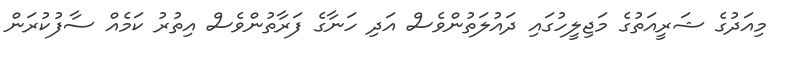
މިއަދުގެ ޝަރީއަތުގެ މަޖިލީހުގައި ދައުލަތުންވެސް އަދި ހަނާގެ ފަރާތުންވެސް އިތުރު ކަމެއް ސާފުކުރަން